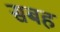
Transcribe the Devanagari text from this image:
सबह